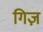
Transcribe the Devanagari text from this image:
गिज़